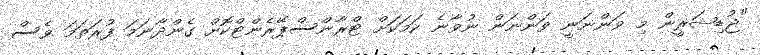
"ޖުޑިޝަރީން މި ވަންނަނީ ވަންނަން ނުވާނެ ކަމަކަށް ޓްރާންސްޕޭރެންޓްކޮށް ގެންދާނަމަ ފުރަތަމަ ވެސް